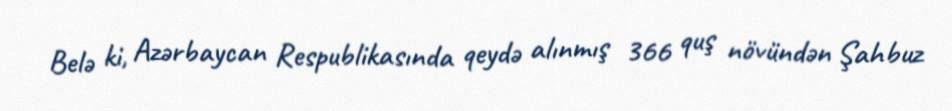
Belə ki, Azərbaycan Respublikasında qeydə alınmış 366 quş növündən Şahbuz